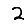
Digit: 2